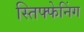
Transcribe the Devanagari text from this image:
स्तिफ्फेनिंग